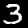
Label: 3